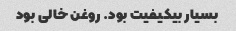
بسیار بیکیفیت بود. روغن خالی بود